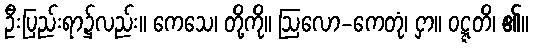
ဦးပြည်းရာ၌လည်း။ ကေသေ၊ တို့ကို။ ဩလော-ကေတုံ၊ ငှာ။ ဝဋ္ဋတိ၊ ၏။